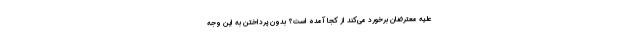
علیه معترضان برخورد می‌کند از کجا آمده است؟ بدون پرداختن به این وجه